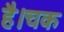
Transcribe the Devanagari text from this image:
है।चक